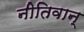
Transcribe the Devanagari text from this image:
नीतिवान्‌